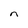
Character: n